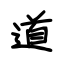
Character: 道